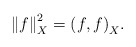
\begin{align*}{\lVert f \rVert}^2_X = {(f,f)}_X.\end{align*}